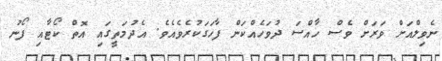
ނެވިލްއަށް ވަރަށް ވެސް ހާއްސަ ދުވަހެއްކަން ފާހަގަކުރެވެއެވެ. އެދުމަތީގައި އޮތް ކޯޓާއި ފޯނު